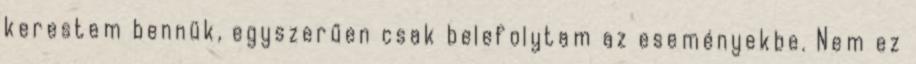
kerestem bennük, egyszerűen csak belefolytam az eseményekbe. Nem ez